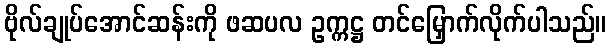
ဗိုလ်ချုပ်အောင်ဆန်းကို ဖဆပလ ဥက္ကဋ္ဌ တင်မြှောက်လိုက်ပါသည်။